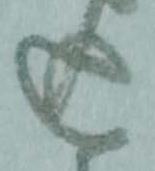
込